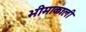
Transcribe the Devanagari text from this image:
भीमाकाली